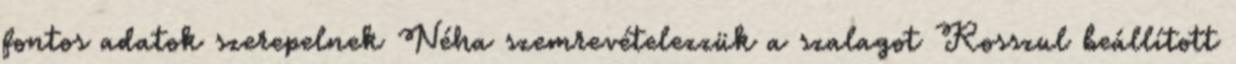
fontos adatok szerepelnek Néha szemrevételezzük a szalagot Rosszul beállított